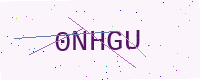
Text: 0NHGU